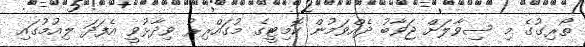
ތޯރިގުގެ މި ސިވާލަށް ޖަވާބު ދެއްވަމުން ކޮމިޓީގެ މުގައްރިރު ވިދާޅުވީ އެފަދަ ލިއުމުގައި